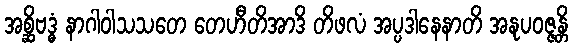
အစ္ဆိဗဒ္ဓံ နာဂါဝါသသတေ တေဟီတိအာဒိ တိဖလံ အပ္ပဒါနေနာတိ အနုပဝဇ္ဇန္တိ